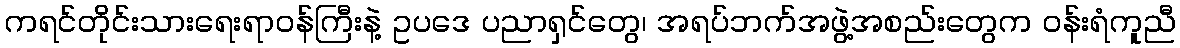
ကရင်တိုင်းသားရေးရာဝန်ကြီးနဲ့ ဥပဒေ ပညာရှင်တွေ၊ အရပ်ဘက်အဖွဲ့အစည်းတွေက ဝန်းရံကူညီ